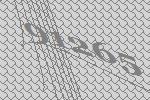
91265